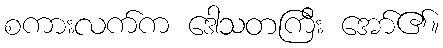
စကားလက်က ဒေါသတကြီး အော်၏။